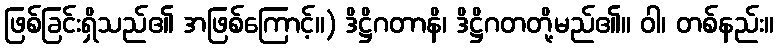
ဖြစ်ခြင်းရှိသည်၏ အဖြစ်ကြောင့်။) ဒိဋ္ဌိဂတာနိ၊ ဒိဋ္ဌိဂတတို့မည်၏။ ဝါ၊ တစ်နည်း။